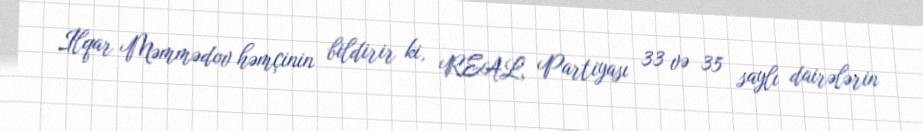
İlqar Məmmədov həmçinin bildirir ki, REAL Partiyası 33 və 35 saylı dairələrin